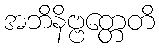
အဘိနိဗ္ဗတ္တေတိ